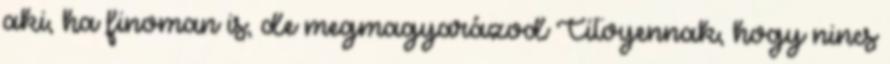
aki, ha finoman is, de megmagyarázod Citoyennak, hogy nincs